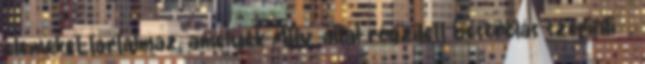
elemeket tartalmaz, amelyek Mttv. által rögzített besorolás szerinti Ⅴ.